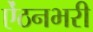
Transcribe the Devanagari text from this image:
ऐंठनभरी